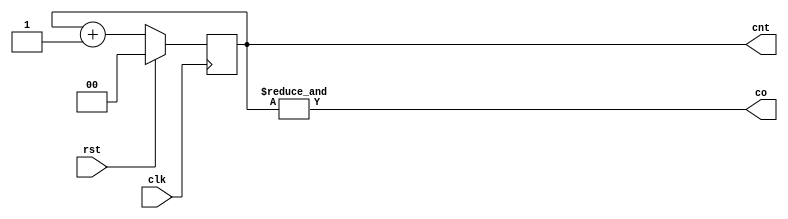
module cntr4(clk, rst, cnt, co);
input clk, rst;
output co;
output reg [1:0] cnt;
always@(posedge clk) begin
	if(rst) cnt = 2'b0;
	else cnt = cnt + 1;
end
assign co = &{cnt};
endmodule